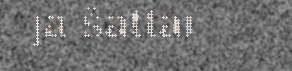
ja šattai